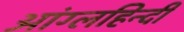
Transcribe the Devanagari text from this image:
आंग्लहिन्दी